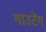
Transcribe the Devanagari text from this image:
गाउटेंग